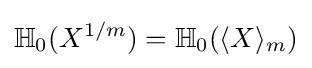
\mathbb {H} _{0}(X^{1/m})=\mathbb {H} _{0}(\langle X\rangle _{m})